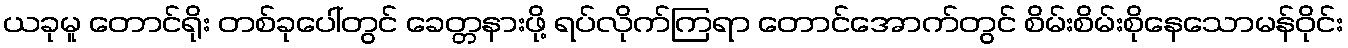
ယခုမူ တောင်ရိုး တစ်ခုပေါ်တွင် ခေတ္တနားဖို့ ရပ်လိုက်ကြရာ တောင်အောက်တွင် စိမ်းစိမ်းစိုနေသောမန်ဝိုင်း